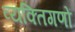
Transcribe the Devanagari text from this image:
व्यक्तिगणों